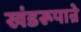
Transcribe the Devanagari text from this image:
खंडरूपान्रे